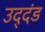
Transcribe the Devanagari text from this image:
उद्‌दंड